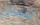
لمحل